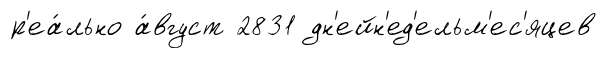
р'еа́льно а́вгуст 2831 дн'ейн'ед'ельм'ес'яцев